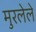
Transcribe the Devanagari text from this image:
मुरलेले